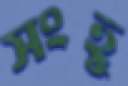
সংহু